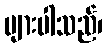
များပါသည်၊